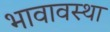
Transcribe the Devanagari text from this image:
भावावस्था